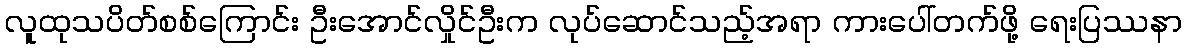
လူထုသပိတ်စစ်ကြောင်း ဦးအောင်လှိုင်ဦးက လုပ်ဆောင်သည့်အရာ ကားပေါ်တက်ဖို့ ရေးပြဿနာ